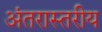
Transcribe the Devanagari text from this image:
अंतरास्तरीय